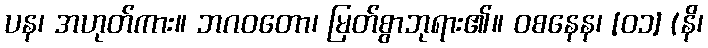
ပန၊ အဟုတ်ကား။ ဘဂဝတော၊ မြတ်စွာဘုရား၏။ ဝစနေန၊ [၀၁] (နိ၊